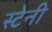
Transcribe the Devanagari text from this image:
स्टेनी